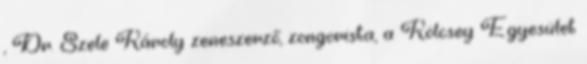
, Dr. Szele Károly zeneszerző, zongorista, a Kölcsey Egyesület